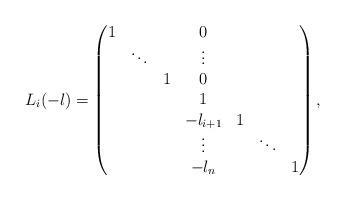
LaTeX: \begin{align*} L_i(-l) = \begin{pmatrix} 1&&& 0\\ &\ddots && \vdots\\ &&1& 0\\ &&&1\\ &&&-l_{i+1} & 1\\ &&&\vdots && \ddots\\ &&&-l_n &&& 1 \end{pmatrix},\end{align*}